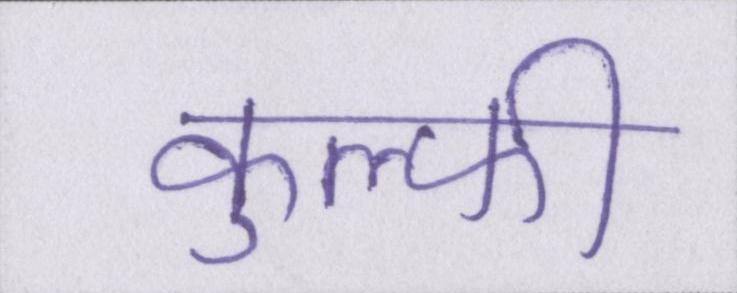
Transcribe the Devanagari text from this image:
कुल्फी